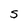
Character: S